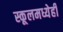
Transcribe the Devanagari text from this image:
स्कूलमध्येही